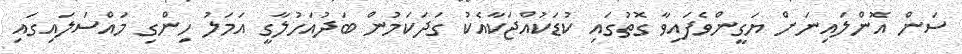
ސަން އޮންލައިނަށް ޔަގީންވެފައިވާ ގޮތުގައި ކުޑަކުއްޖަކާއެކު ގަދަކަމުން ބަދުއަހުލާގީ އަމަލު ހިންގި މައްސަލައިގައި